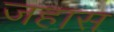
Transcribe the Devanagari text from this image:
जहास